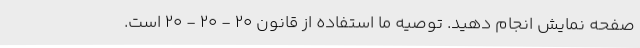
صفحه نمایش انجام دهید. توصیه ما استفاده از قانون ۲۰ - ۲۰ - ۲۰ است.